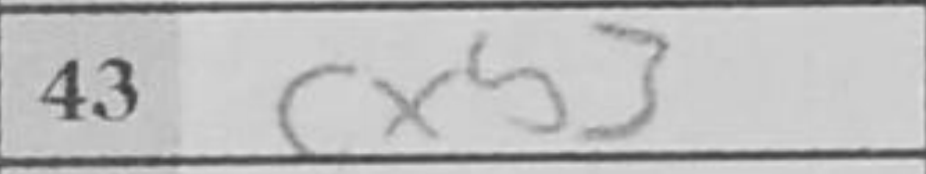
Transcription: cxb3